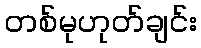
တစ်မုဟုတ်ချင်း